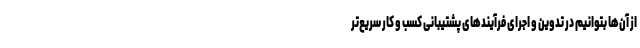
از آن‌ها بتوانیم در تدوین و اجرای فرآیندهای پشتیبانی کسب و کار سریع‌تر